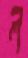
ল